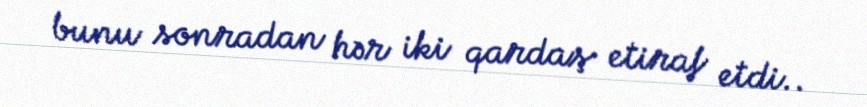
bunu sonradan hər iki qardaş etiraf etdi..